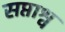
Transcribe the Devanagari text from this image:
सप्ताश्व